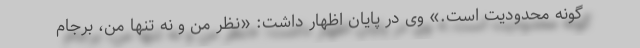
گونه محدودیت است.» وی در پایان اظهار داشت: «نظر من و نه تنها من، برجام